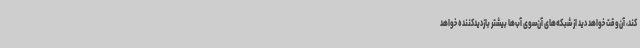
کند، آن‌وقت خواهد دید از شبکه‌های آن‌سوی آب‌ها بیشتر بازدیدکننده خواهد